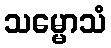
သမ္မောသံ